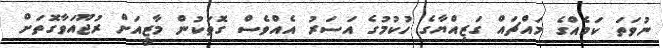
ނުވަތަ ކަމެއްގެ މައްޗައް ގަޒިއްޔާގެ ހުކުމުގެ އަސަރު އެއްވެސް ގޮތަކުން މާޒީއަށް ރުޖޫއަވާގޮތަށް